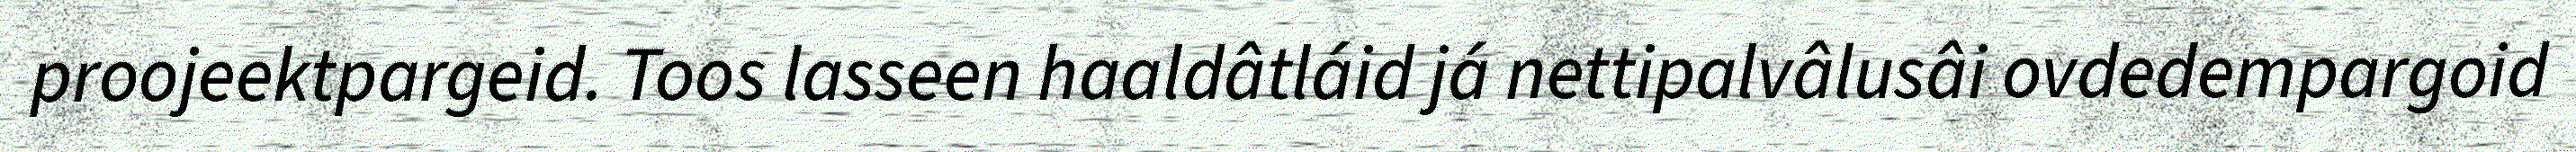
proojeektpargeid. Toos lasseen haaldâtláid já nettipalvâlusâi ovdedempargoid